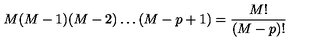
M ( M - 1 ) ( M - 2 ) \ldots ( M - p + 1 ) = \frac { M ! } { ( M - p ) ! }